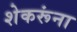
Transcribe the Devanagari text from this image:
शेकरूंना